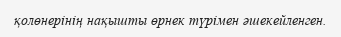
қолөнерінің нақышты өрнек түрімен әшекейленген.